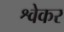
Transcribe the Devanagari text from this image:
श्वेकर